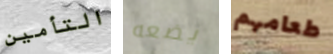
التأمين يضعه طعامهم